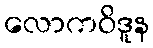
လောကဝိဒူန